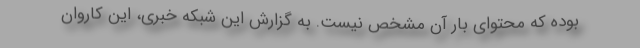
بوده که محتوای بار آن مشخص نیست. به گزارش این شبکه خبری، این کاروان